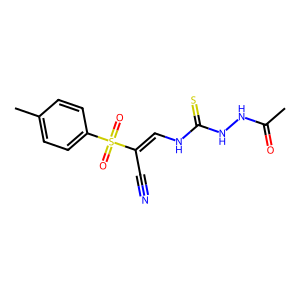
SMILES: CC(=O)NNC(=S)NC=C(C#N)S(=O)(=O)c1ccc(C)cc1
Inhibits HIV replication: No